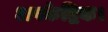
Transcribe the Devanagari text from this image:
अपकेद्रिक।